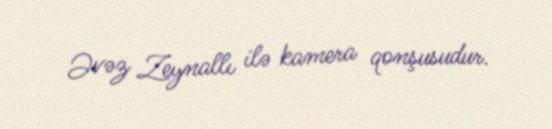
Əvəz Zeynallı ilə kamera qonşusudur.